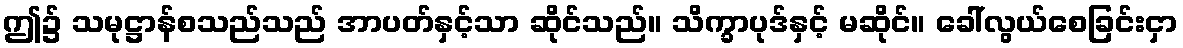
ဤ၌ သမုဋ္ဌာန်စသည်သည် အာပတ်နှင့်သာ ဆိုင်သည်။ သိက္ခာပုဒ်နှင့် မဆိုင်။ ခေါ်လွယ်စေခြင်းငှာ